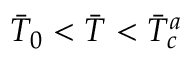
\Bar { T } _ { 0 } < \Bar { T } < \Bar { T } _ { c } ^ { a }